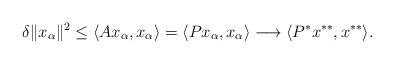
LaTeX: \begin{align*}\delta\|x_{\alpha}\|^2\leq\langle Ax_{\alpha}, x_{\alpha}\rangle=\langle Px_{\alpha}, x_{\alpha}\rangle\longrightarrow\langle P^*x^{**}, x^{**}\rangle.\end{align*}